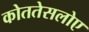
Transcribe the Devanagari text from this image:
कोततेसलोए